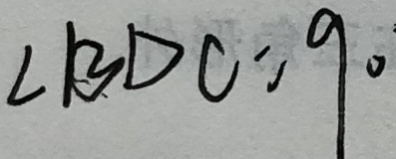
\angle B D C = 9 0